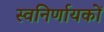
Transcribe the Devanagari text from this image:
स्वनिर्णायकों